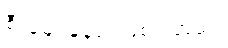
စီးမျောနေဆဲ ဖြစ်ပါတယ်။